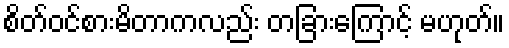
စိတ်ဝင်စားမိတာကလည်း တခြားကြောင့် မဟုတ်။